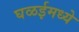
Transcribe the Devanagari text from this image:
घळईमध्ये